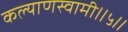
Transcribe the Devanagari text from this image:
कल्याणस्वामी॥५॥